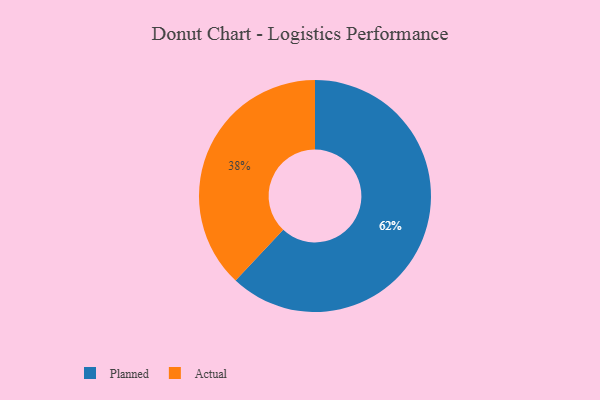
{"axis": {"x": "Category", "y": "Percentage"}, "legend": ["Actual", "Planned"], "data": [{"x": "Actual", "y": 38, "type": "Actual"}, {"x": "Planned", "y": 62, "type": "Planned"}]}